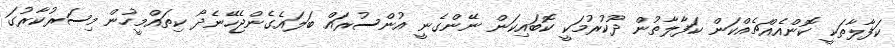
ކަފާލާތަކީ ކޮންއެއްޗެއްކަން ކަފާލާތުން ދޫކުރުމަކީ ކޮބައިކަން ނޭންގެނީ އުންސުރައް ބަލައެގެންޖެހޭނެދޯ ކިތައްމީހުން މިސަރުކާރުގަ